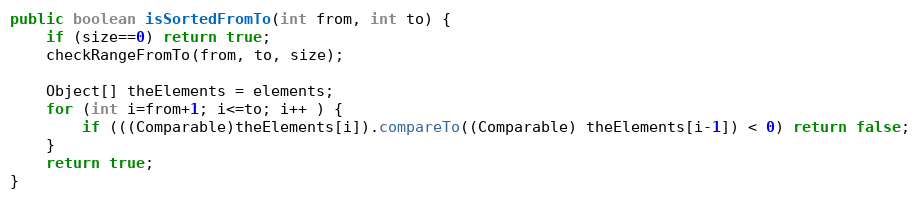
Language: Java
public boolean isSortedFromTo(int from, int to) {
	if (size==0) return true;
	checkRangeFromTo(from, to, size);

	Object[] theElements = elements;
	for (int i=from+1; i<=to; i++ ) {
		if (((Comparable)theElements[i]).compareTo((Comparable) theElements[i-1]) < 0) return false;
	}
	return true;
}